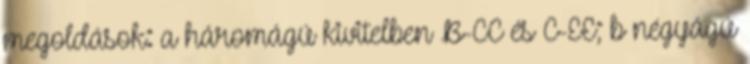
megoldások: a háromágú kivitelben B-CC és C-EE; b négyágú